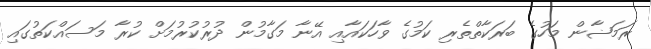
ރަމަޟާން މަހުގެ ބަރަކާތްތެރި ކަމުގެ ވާހަކައާއި އޭނާ މަގާމުން ދުރުކުރުމަށް ކުރާ މަސައްކަތުގައި